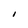
Character: I